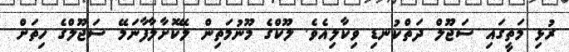
ރުޅި މަތީގައި ސަޖޫލް ދަތްކުނޑި ވިކާލިއެވެ. ލޫކްގެ މޫނުމަތިން ލޭކޮށާލާފާނަމޭ ސަޖޫލްގެ ހިތަށް